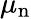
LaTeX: \mu_{\mathrm{n}}